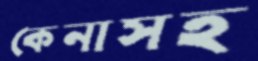
কেনাসহ